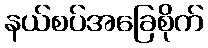
နယ်စပ်အခြေစိုက်